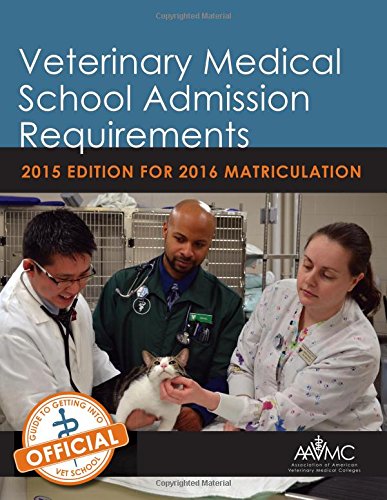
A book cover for Veterinary Medical School Admission Requirements (VMSAR):2015 Edition for 2016 Matriculation (Veterinary Medical School Admission Requirements in the United States and Canada); Test Preparation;